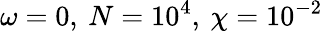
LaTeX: \omega=0,\: N=10^{4},\: \chi=10^{-2}